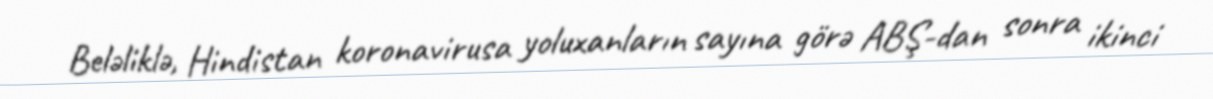
Beləliklə, Hindistan koronavirusa yoluxanların sayına görə ABŞ-dan sonra ikinci